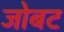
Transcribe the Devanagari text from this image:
जोबट